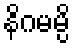
နိဂမမ္ပိ